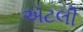
ઍટલી